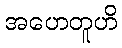
အဟေတူဟိ